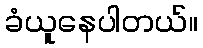
ခံယူနေပါတယ်။